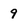
Character: 9